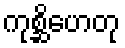
ကုစ္ဆိဟေတု